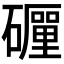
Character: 𥗃